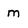
Character: m